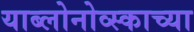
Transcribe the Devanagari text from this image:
याब्लोनोव्स्काच्या